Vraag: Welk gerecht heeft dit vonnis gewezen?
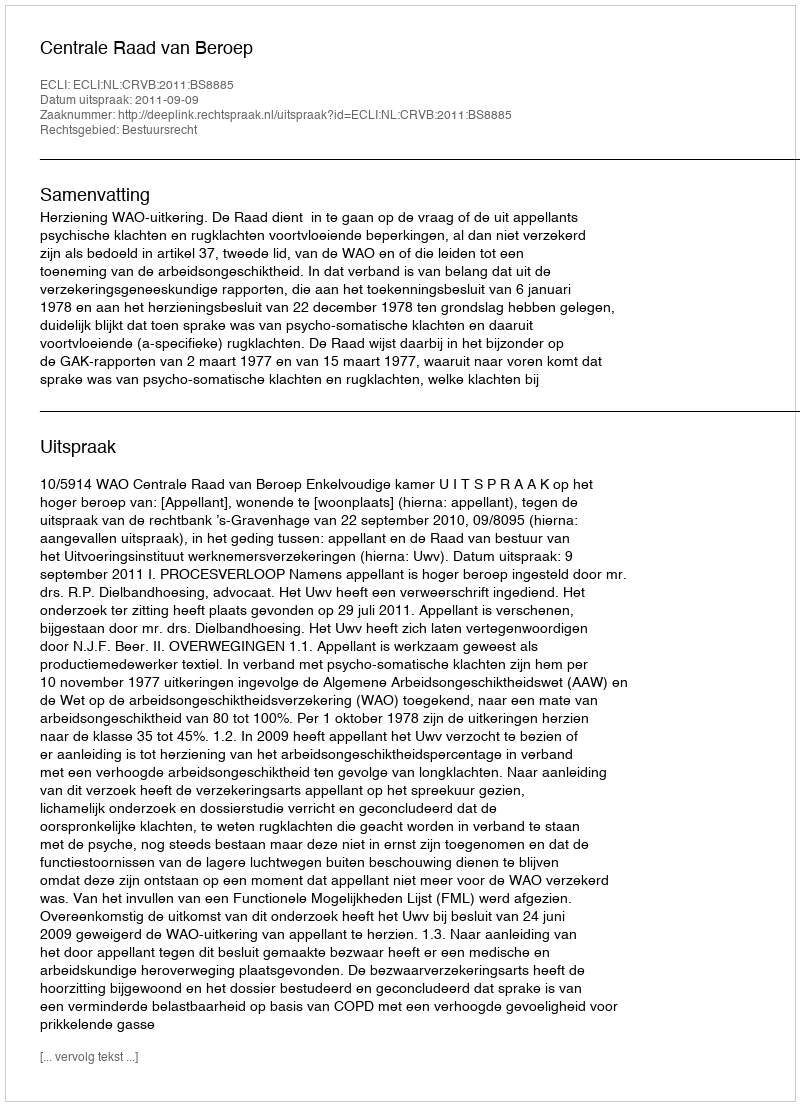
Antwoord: Centrale Raad van Beroep